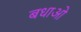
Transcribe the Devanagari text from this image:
बधाओ